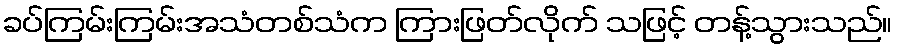
ခပ်ကြမ်းကြမ်းအသံတစ်သံက ကြားဖြတ်လိုက် သဖြင့် တန့်သွားသည်။